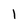
Character: 1